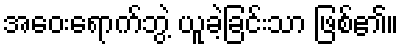
အဝေးရောက်ဘွဲ့ ယူခဲ့ခြင်းသာ ဖြစ်၏။